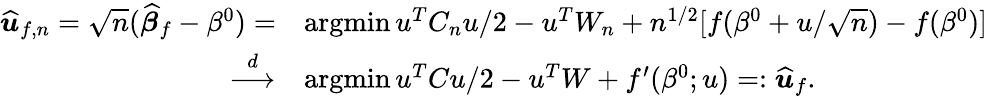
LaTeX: \begin{array}{rl}{\widehat{\boldsymbol{u}}_{f,n}=\sqrt{n}(\widehat{\boldsymbol{\beta}}_{f}-\beta^{0})=}&{\operatorname{argmin}u^{T}C_{n}u/2-u^{T}W_{n}+n^{1/2}[f(\beta^{0}+u/\sqrt{n})-f(\beta^{0})]}\\ {\overset{d}{\longrightarrow}}&{\operatorname{argmin}{u^{T}Cu/2-u^{T}W+f^{\prime}({\beta^{0}};u)}=:\widehat{\boldsymbol{u}}_{f}.}\end{array}